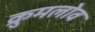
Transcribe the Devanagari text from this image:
क्रुमलोव